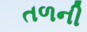
તળની